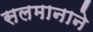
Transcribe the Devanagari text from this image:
सलमानाने